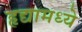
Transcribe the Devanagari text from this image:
हृद्यामध्ये